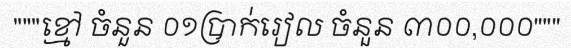
"""ខ្មៅ ចំនួន ០១ប្រាក់រៀល ចំនួន ៣០០,០០០"""